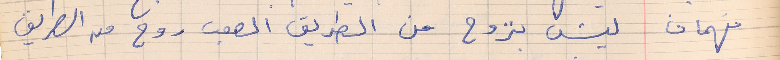
فهمان    ليش بتروح من الطريق الصعب روح من الطريق